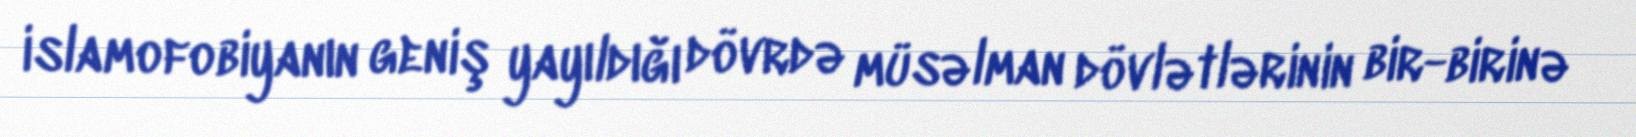
islamofobiyanın geniş yayıldığı dövrdə müsəlman dövlətlərinin bir-birinə